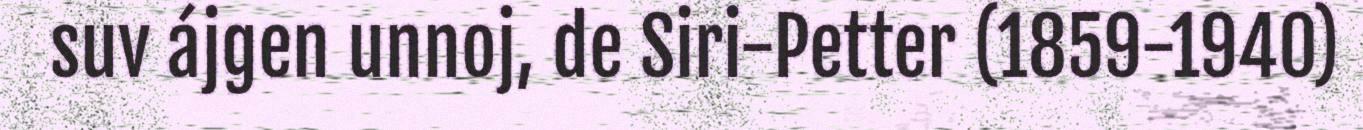
suv ájgen unnoj, de Siri-Petter (1859-1940)